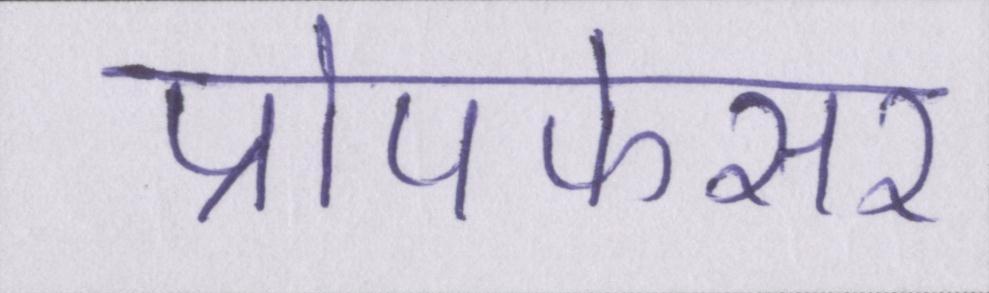
प्रोपफेसर